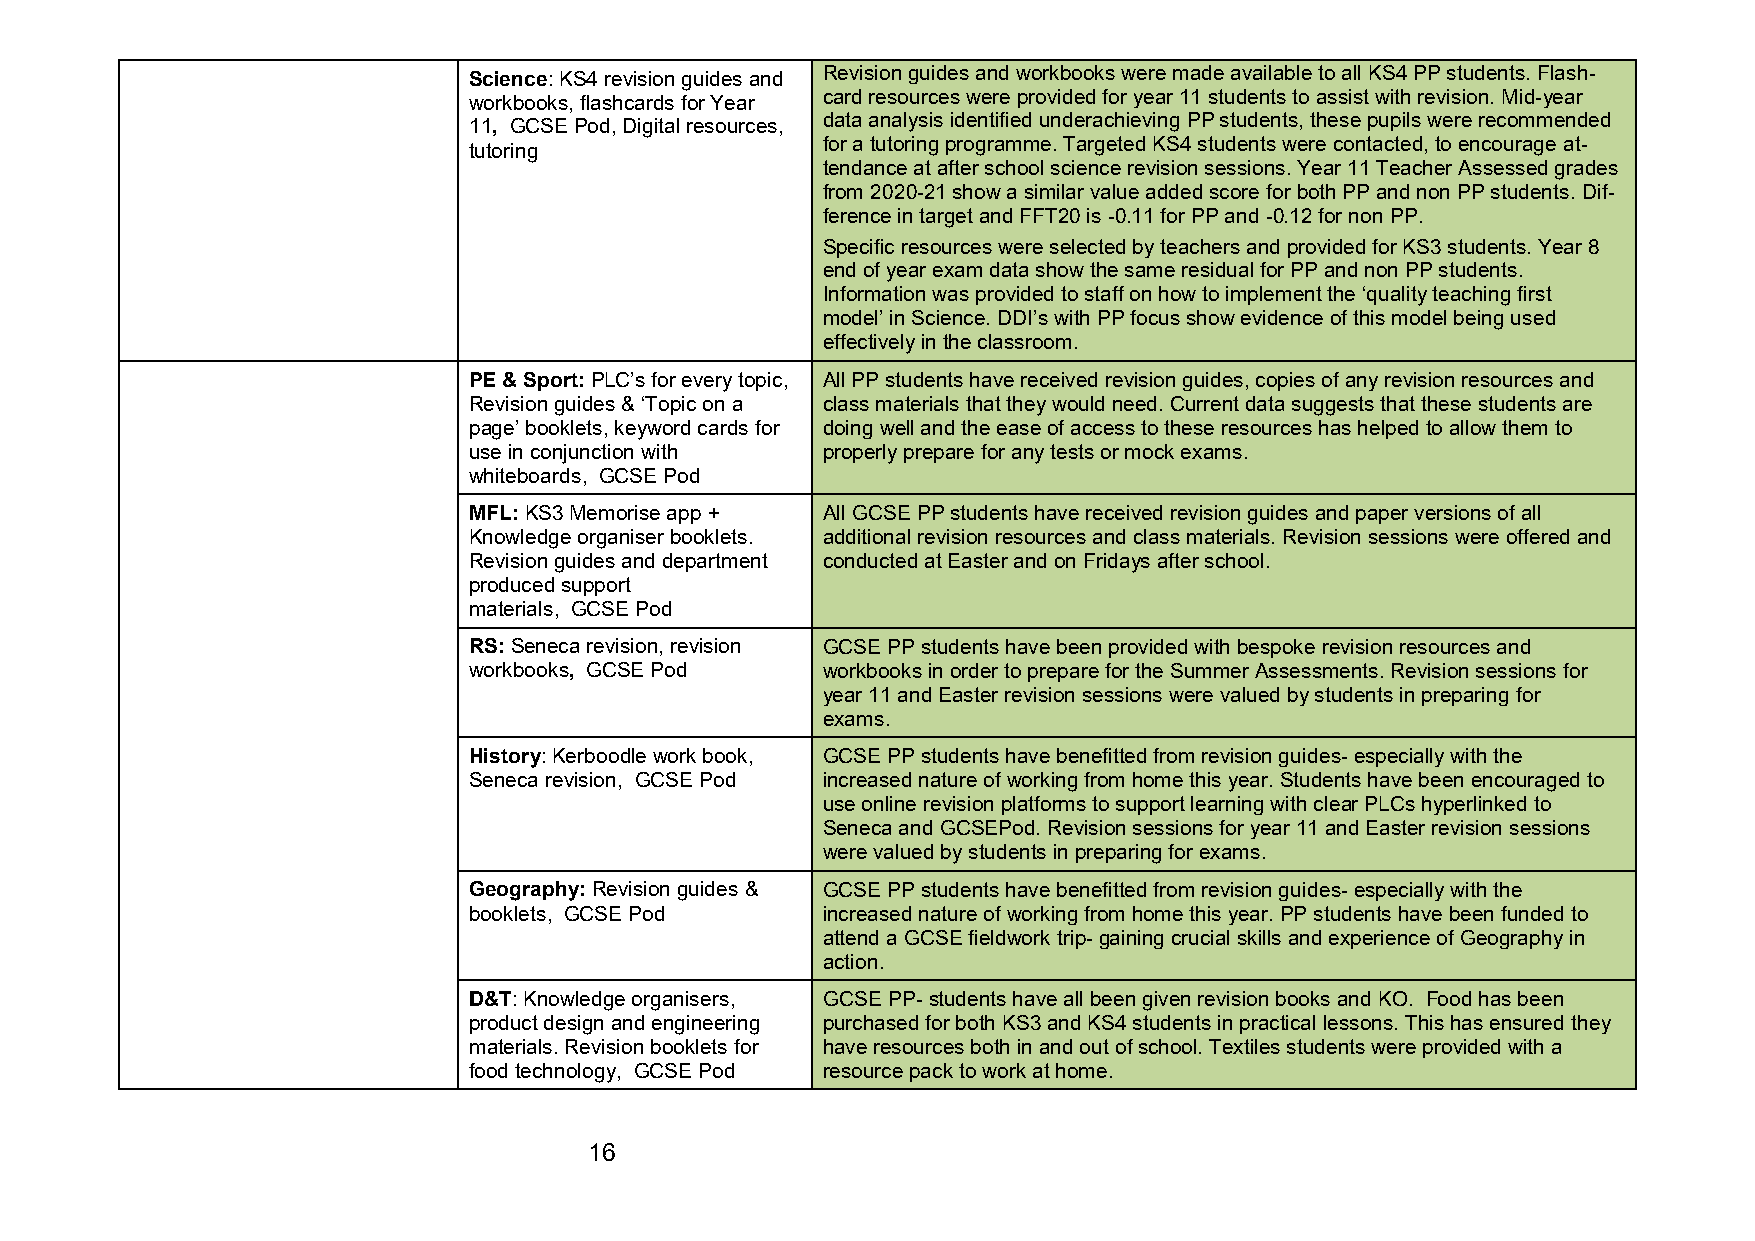
Science: KS4 revision guides and Revision guides and workbooks were made available to all KS4 PP students. Flash-
 card resources were provided for year 11 students to assist with revision. Mid-year
 workbooks, flashcards for Year
 11, GCSE Pod, Digital resources, data analysis identified underachieving PP students, these pupils were recommended
 tutoring
 for a tutoring programme. Targeted KS4 students were contacted, to encourage at-
 tendance at after school science revision sessions. Year 11 Teacher Assessed grades
 from 2020-21 show a similar value added score for both PP and non PP students. Dif-
 ference in target and FFT20 is -0.11 for PP and -0.12 for non PP.
 Specific resources were selected by teachers and provided for KS3 students. Year 8
 end of year exam data show the same residual for PP and non PP students.
 Information was provided to staff on how to implement the ‘quality teaching first
 model’ in Science. DDI’s with PP focus show evidence of this model being used
 effectively in the classroom.
 PE & Sport: PLC’s for every topic, All PP students have received revision guides, copies of any revision resources and
 Revision guides & ‘Topic on a class materials that they would need. Current data suggests that these students are
 page’ booklets, keyword cards for doing well and the ease of access to these resources has helped to allow them to
 use in conjunction with properly prepare for any tests or mock exams.
 whiteboards, GCSE Pod
 MFL: KS3 Memorise app + All GCSE PP students have received revision guides and paper versions of all
 Knowledge organiser booklets. additional revision resources and class materials. Revision sessions were offered and
 Revision guides and department conducted at Easter and on Fridays after school.
 produced support
 materials, GCSE Pod
 RS: Seneca revision, revision GCSE PP students have been provided with bespoke revision resources and
 workbooks, GCSE Pod    workbooks in order to prepare for the Summer Assessments. Revision sessions for
 year 11 and Easter revision sessions were valued by students in preparing for
 exams.
 History: Kerboodle work book, GCSE PP students have benefitted from revision guides- especially with the
 Seneca revision, GCSE Pod increased nature of working from home this year. Students have been encouraged to
 use online revision platforms to support learning with clear PLCs hyperlinked to
 Seneca and GCSEPod. Revision sessions for year 11 and Easter revision sessions
 were valued by students in preparing for exams.
 Geography: Revision guides & GCSE PP students have benefitted from revision guides- especially with the
 booklets, GCSE Pod     increased nature of working from home this year. PP students have been funded to
 attend a GCSE fieldwork trip- gaining crucial skills and experience of Geography in
 action.
 D&T: Knowledge organisers, GCSE PP- students have all been given revision books and KO. Food has been
 product design and engineering purchased for both KS3 and KS4 students in practical lessons. This has ensured they
 materials. Revision booklets for have resources both in and out of school. Textiles students were provided with a
 food technology, GCSE Pod resource pack to work at home.
 16